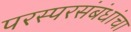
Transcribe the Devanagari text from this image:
परस्परसंबंधांचा